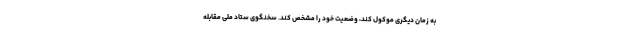
به زمان دیگری موکول کند، وضعیت خود را مشخص کند. سخنگوی ستاد ملی مقابله